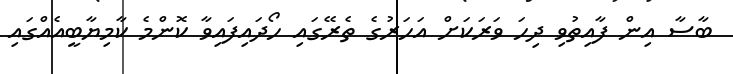
ބާސާ އިން ފާއިތުވި ދިހަ ވަރަކަށް އަހަރުގެ ތެރޭގައި ހޯދައިފައިވާ ކޮންމެ ކާމިޔާބީއެއްގައި